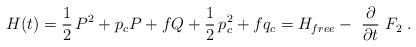
LaTeX: \begin{align*}H(t)={\frac 12\,}P^2+p_cP+fQ+{\frac 12\,}p_c^2+fq_c=H_{free}-{\ \frac\partial {\partial t}}~F_2\;.\end{align*}